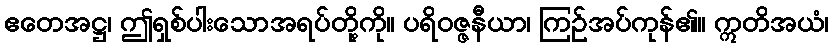
ဧတေအဋ္ဌ၊ ဤရှစ်ပါးသောအရပ်တို့ကို။ ပရိဝဇ္ဇနီယာ၊ ကြဉ်အပ်ကုန်၏။ ဣတိအယံ၊